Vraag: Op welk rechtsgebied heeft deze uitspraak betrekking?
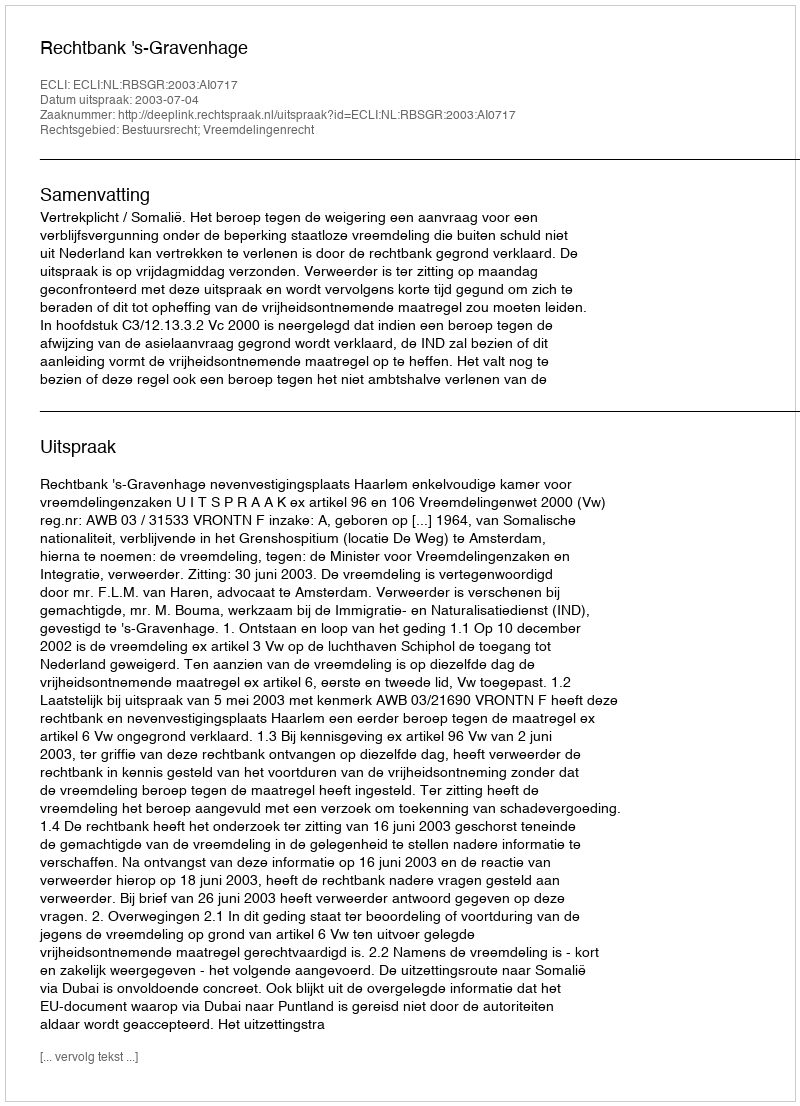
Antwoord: Bestuursrecht; Vreemdelingenrecht